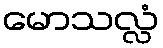
မောသလ္လံ